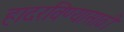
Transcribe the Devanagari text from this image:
हादरविण्यासाठी